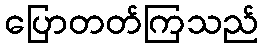
ပြောတတ်ကြသည်